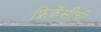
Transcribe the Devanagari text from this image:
फ्रिक्वेंसीची